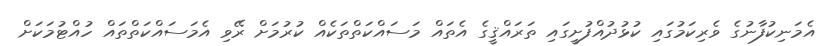
އެމަނިކުފާނުގެ ވެރިކަމުގައި ކުޅުދުއްފުށީގައި ތަރައްޤީގެ އެތައް މަސައްކަތްތަކެއް ކުރުމަށް ރޭވި އެމަސައްކަތްތައް ހުއްޓުމަކަށް